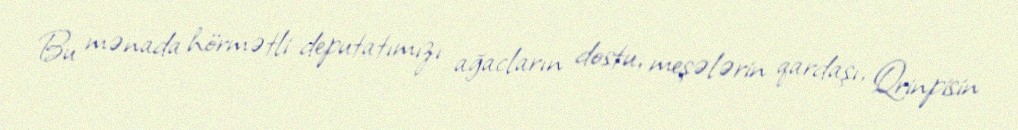
Bu mənada hörmətli deputatımızı ağacların dostu, meşələrin qardaşı, Qrinpisin